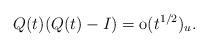
LaTeX: \begin{align*}&Q(t)(Q(t)-I)=\mathrm{o}(t^{1/2})_u.\end{align*}